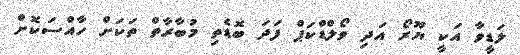
ލަޑީވާ އަކީ ޔޫރޯ އަދި ވޯލްޑްކަޕް ފަދަ ބޮޑެތި މުބާރާތް ތަކަށް ހާއްސަކޮށް